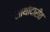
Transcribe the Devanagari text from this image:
साथीदारीत